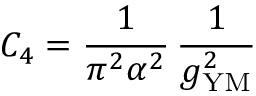
C _ { 4 } = \frac { 1 } { \pi ^ { 2 } \alpha ^ { 2 } } \, \frac { 1 } { g _ { \mathrm { Y M } } ^ { 2 } }